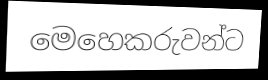
මෙහෙකරුවන්ට